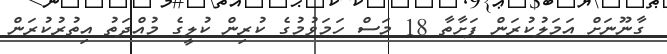
ގާނޫނަށް އަމަލުކުރަން ފަށާތާ 18 މަސް ހަމަވުމުގެ ކުރިން ކުލީގެ މުއްދަތު އިތުރުކުރަން